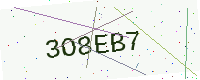
Text: 3O8EB7